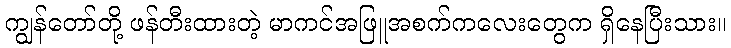
ကျွန်တော်တို့ ဖန်တီးထားတဲ့ မာကင်အဖြူအစက်ကလေးတွေက ရှိနေပြီးသား။